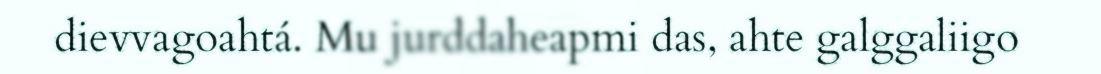
dievvagoahtá. Mu jurddaheapmi das, ahte galggaliigo